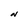
Character: N